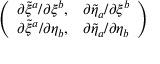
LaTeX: \left( \begin{array} { c c } { { \partial \tilde { \xi } ^ { a } / \partial \xi ^ { b } , } } & { { \partial \tilde { \eta } _ { a } / \partial \xi ^ { b } } } \\ { { \partial \tilde { \xi } ^ { a } / \partial \eta _ { b } , } } & { { \partial \tilde { \eta } _ { a } / \partial \eta _ { b } } } \end{array} \right)